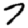
Digit: 7